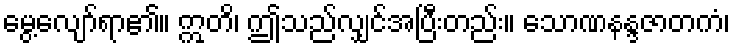
မွေ့လျော်ရာ၏။ ဣတိ၊ ဤသည်လျှင်အပြီးတည်း။ သောဏနန္ဒဇာတကံ၊